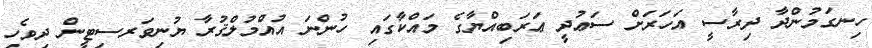
ހިނގަމުންދާ ދިރާސީ އަހަރަށް ސަޢުދީ ޢަރަބިއްޔާގެ މައްކާގައި ހުންނަ އުއްމުލްޤުރާ ޔުނިވަރސިޓީން ދިވެހި